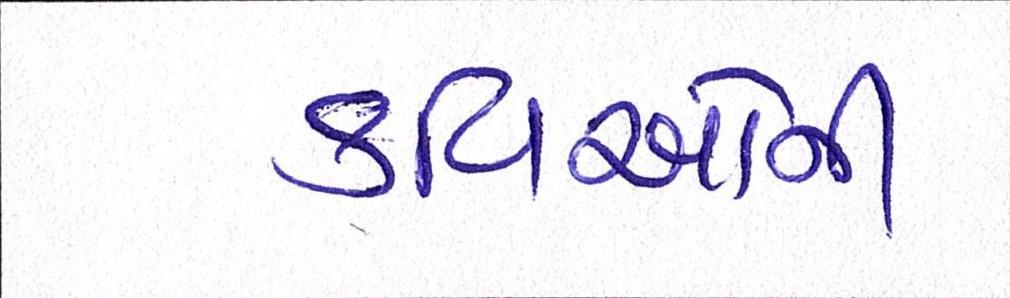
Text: કવિઓની